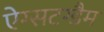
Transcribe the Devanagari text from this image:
ऐग्सटग्डैम